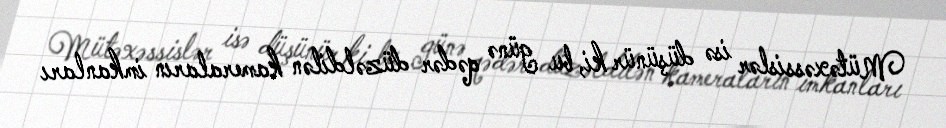
Mütəxəssislər isə düşünür ki, bu günə qədər düzəldilən kameraların imkanları